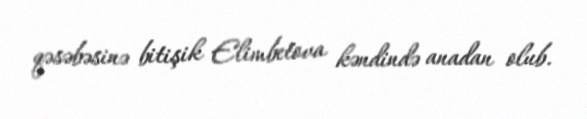
qəsəbəsinə bitişik Elimbetova kəndində anadan olub.